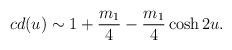
\begin{align*}cd(u) \sim 1 + \frac{m_{1}}{4} - \frac{m_{1}}{4} \cosh 2u .\end{align*}